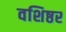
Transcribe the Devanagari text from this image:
वशिष्ठर